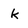
Character: k